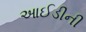
આઈડીની